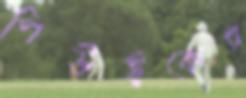
পিউইকের